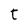
Character: t